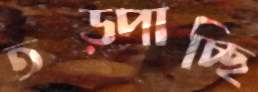
তড়্‌পাচ্ছি